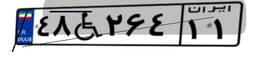
۴۸W۲۶۴۱۱